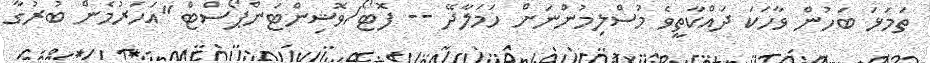
ތަމަޅަ ބަހުން ވާހަކަ ދައްކާތީވެ މުސްލިމުންނަށް ހަމަލާދޭ -- ފޮޓޯ/ވޮޝިންޓަންޕޯސްޓް "އަހަރުމެން ބުރުގާ